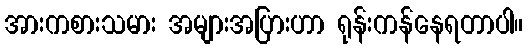
အားကစားသမား အများအပြားဟာ ရုန်းကန်နေရတာပါ။